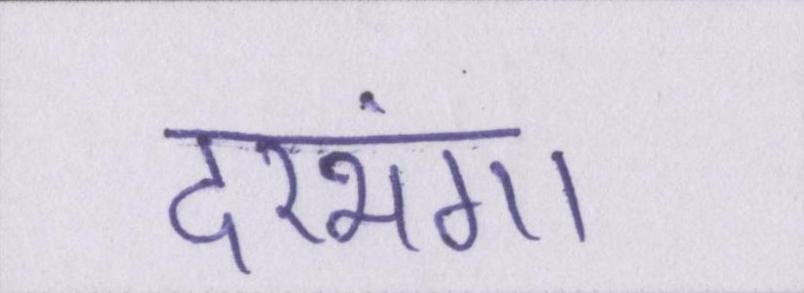
दरभंगा